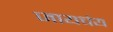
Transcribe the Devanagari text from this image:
जायचंय